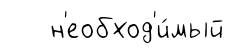
н'еобход'и́мый